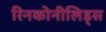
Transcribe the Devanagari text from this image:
रिनकोनीलिड्स